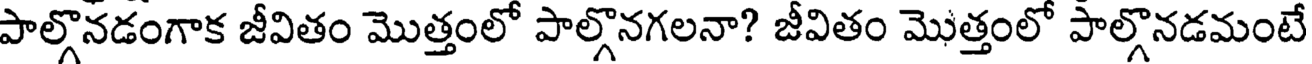
పాల్గొనడంగాక జీవితం మొత్తంలో పాల్గొనగలనా? జీవితం మొత్తంలో పాల్గొనడమంటే